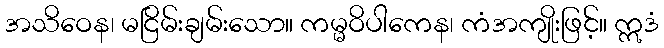
အသိဝေန၊ မငြိမ်းချမ်းသော။ ကမ္မဝိပါကေန၊ ကံအကျိုးဖြင့်။ ဣဒံ